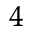
^ 4